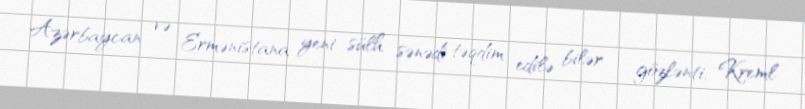
Azərbaycan və Ermənistana yeni sülh sənədi təqdim edilə bilər - gözlənti; Kreml